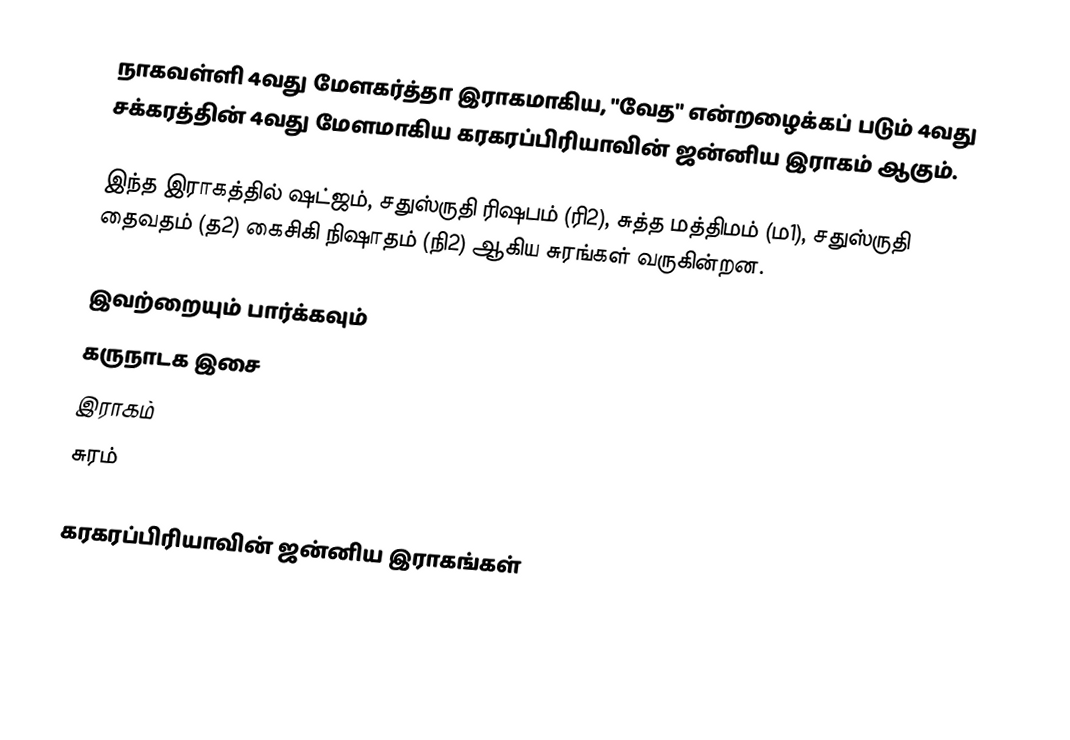
நாகவள்ளி 4வது மேளகர்த்தா இராகமாகிய, "வேத" என்றழைக்கப் படும் 4வது சக்கரத்தின் 4வது மேளமாகிய கரகரப்பிரியாவின் ஜன்னிய இராகம் ஆகும்.

இந்த இராகத்தில் ஷட்ஜம், சதுஸ்ருதி ரிஷபம் (ரி2),  சுத்த மத்திமம் (ம1),   சதுஸ்ருதி தைவதம் (த2) கைசிகி நிஷாதம்  (நி2) ஆகிய சுரங்கள் வருகின்றன.

இவற்றையும் பார்க்கவும்
 கருநாடக இசை
 இராகம்
 சுரம்

கரகரப்பிரியாவின் ஜன்னிய இராகங்கள்